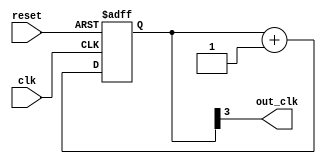
module johnston_counter_divider (
    input wire clk,
    input wire reset,
    output reg out_clk
);

reg [3:0] count;

always @(posedge clk or posedge reset) begin
    if (reset) begin
        count <= 4'b0000;
    end else begin
        count <= count + 1;
    end
end

assign out_clk = count[3];

endmodule